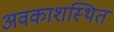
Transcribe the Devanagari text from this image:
अवकाशस्थित